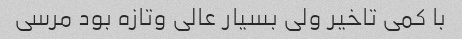
با کمی تاخیر ولی بسیار عالی وتازه بود مرسی